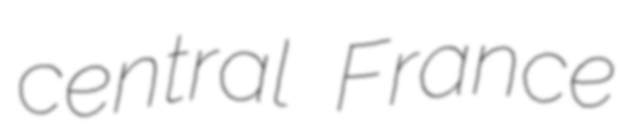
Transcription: central France